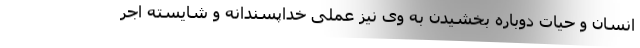
انسان و حیات دوباره بخشیدن به وی نیز عملی خداپسندانه و شایسته اجر